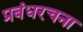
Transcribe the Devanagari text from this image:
प्रबंधरचना